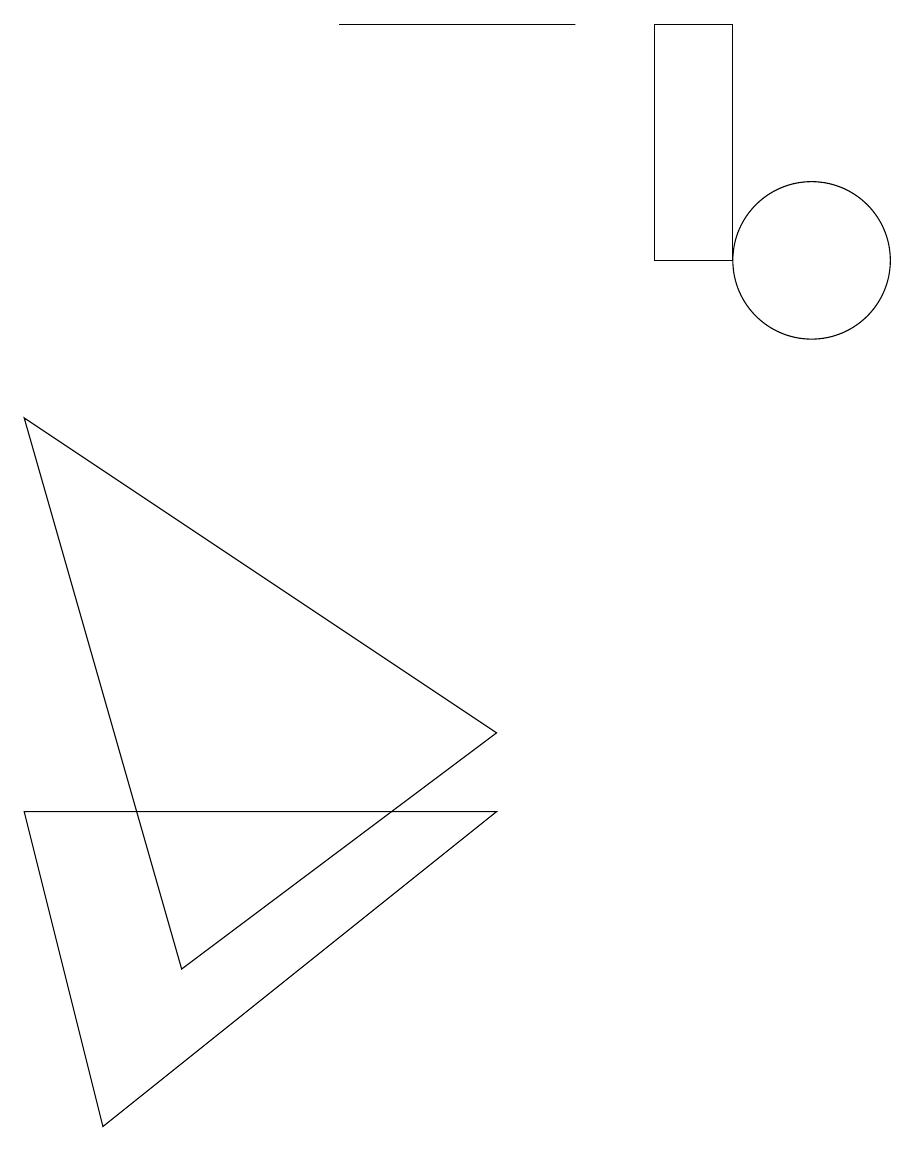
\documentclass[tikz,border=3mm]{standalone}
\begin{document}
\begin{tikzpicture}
\draw (1,0) -- (6,4) -- (0,4) -- cycle;
\draw (10,11) circle (1);
\draw (6,5) -- (2,2) -- (0,9) -- cycle;
\draw (8,14) rectangle (9,11);
\draw (4,14) rectangle (7,14);
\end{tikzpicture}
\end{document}